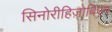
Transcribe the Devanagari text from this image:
सिनोरीहिज़ोबिएम